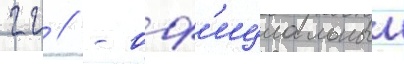
гг // - оф'ициальныи